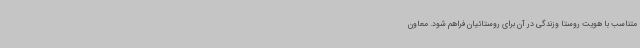
متناسب با هویت روستا وزندگی در آن برای روستائیان فراهم شود. معاون